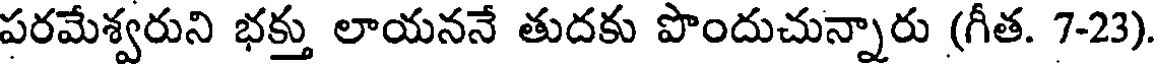
పరమేశ్వరుని భక్తు లాయననే తుదకు పొందుచున్నారు (గీత. 7-23)